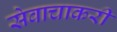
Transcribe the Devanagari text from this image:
सेवाचाकरी